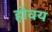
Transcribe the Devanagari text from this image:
होवय